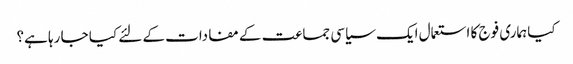
کیا ہماری فوج کا استعمال ایک سیاسی جماعت کے مفادات کے لئے کیا جا رہا ہے؟